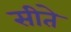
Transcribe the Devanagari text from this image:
सीते